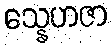
သ္နေဟဇာ